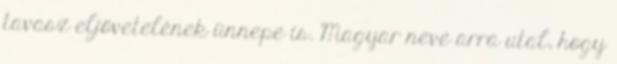
tavasz eljövetelének ünnepe is. Magyar neve arra utal, hogy